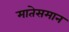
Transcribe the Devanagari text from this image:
मातेसमान